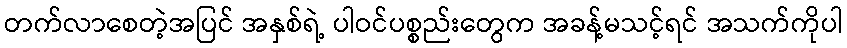
တက်လာစေတဲ့အပြင် အနှစ်ရဲ့ ပါဝင်ပစ္စည်းတွေက အခန့်မသင့်ရင် အသက်ကိုပါ